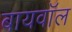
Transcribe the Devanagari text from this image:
बायवॉल